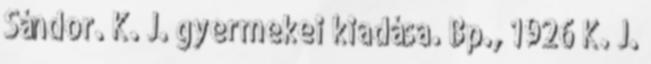
Sándor. K. J. gyermekei kiadása. Bp., 1926 K. J.